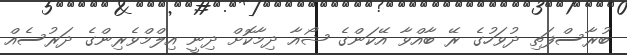
ބުރާސްފަތި ދުވަހުގެ ރޭ ބާއްވާ އޭކަންގެ ޝޯއާ ދިމާކޮށް ދިނީ އިލްމްވެރިންގެ ދަރުސެއް